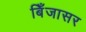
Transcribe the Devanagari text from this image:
बिँजासर